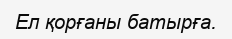
Ел қорғаны батырға.